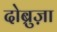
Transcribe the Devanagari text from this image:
दोब्रुज़ा